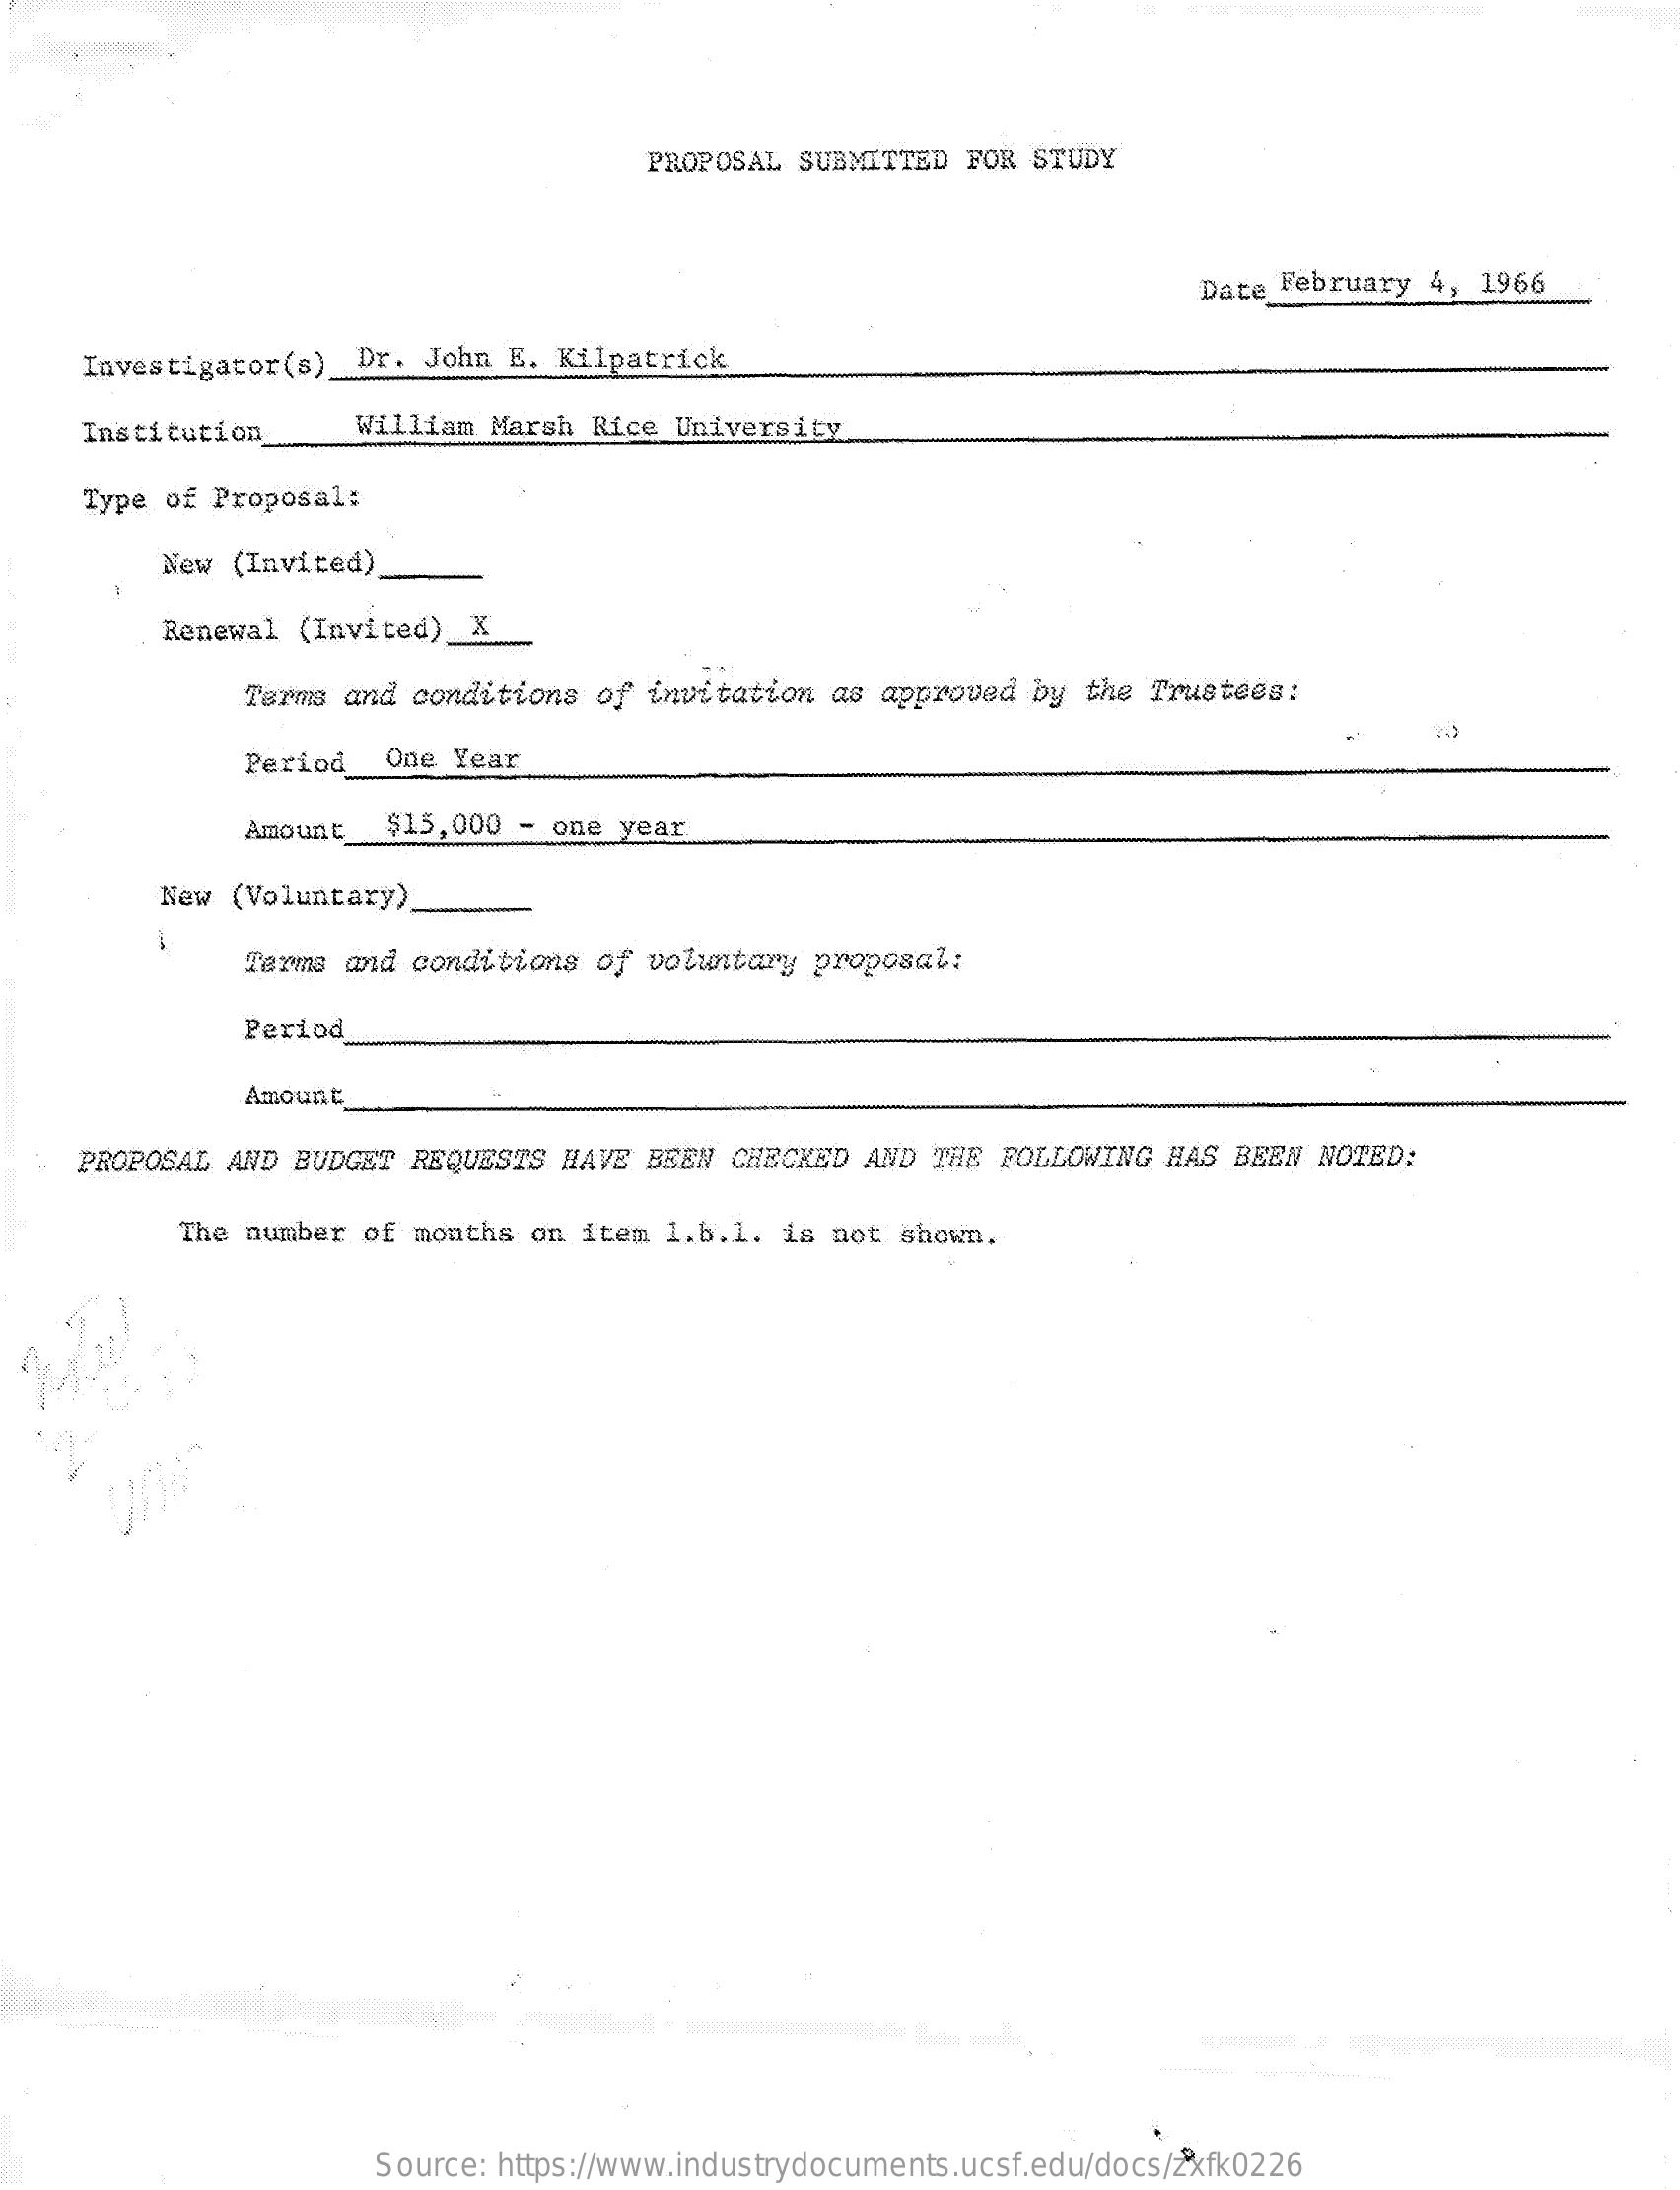
PROPOSAL SUBMITTED FOR STUDY
     Date February 4, 1966
    Investigator(s) Dr. John E. Kilpatrick
    Institution   William Marsh Rice University
    Type of Proposal:
     New (Invited)
     Renewal (Invited)_X
     Terms and conditions of invitation as approved by the Trustees:
     Period One Year
     Amount $15,000 - one year
     New (Voluntary)
     -
     Terms and conditions of voluntary proposal:
     Period
     Amount
    PROPOSAL AND BUDGET REQUESTS HAVE BEEN CHECKED AND THE FOLLOWING HAS BEEN NOTED:
     The number of months on item 1.b.1. is not shown.
     Source: https://www.industrydocuments.ucsf.edu/docs/zxfk0226